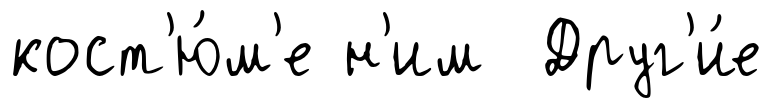
кост'ю́м'е н'им Друг'и́е